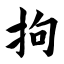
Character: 拘